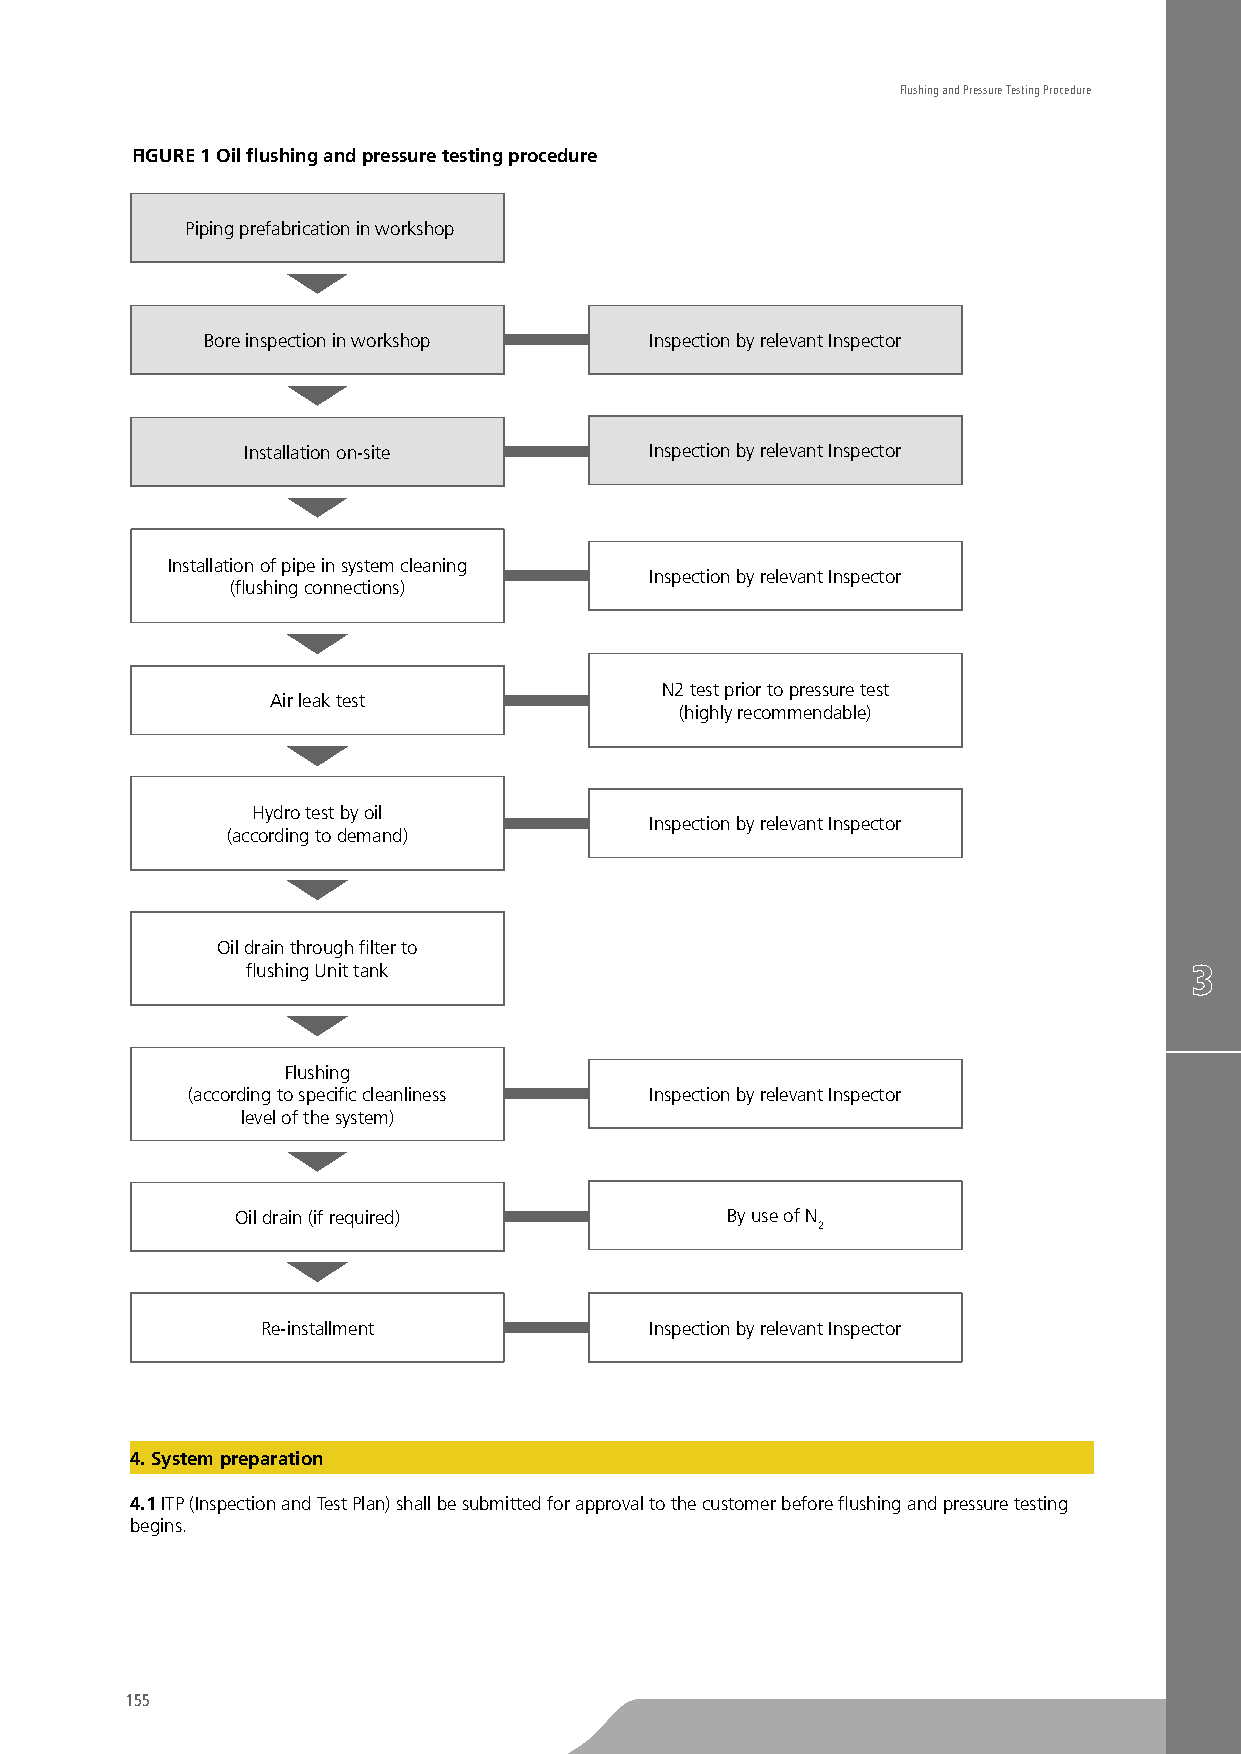
Flushing and Pressure Testing Procedure
 FIGURE 1 Oil flushing and pressure testing procedure
 Piping prefabrication in workshop
 Bore inspection in workshop   Inspection by relevant Inspector
 Installation on-site       Inspection by relevant Inspector
 Installation of pipe in system cleaning
 Inspection by relevant Inspector
 (flushing connections)
 N2 test prior to pressure test
 Air leak test
 (highly recommendable)
 Hydro test by oil
 Inspection by relevant Inspector
 (according to demand)
 Oil drain through filter to
 flushing Unit tank
 Flushing
 (according to specific cleanliness Inspection by relevant Inspector
 level of the system)
 Oil drain (if required)         By use of N
 2
 Re-installment            Inspection by relevant Inspector
 4. System preparation
 4.1 ITP (Inspection and Test Plan) shall be submitted for approval to the customer before flushing and pressure testing
 begins.
 155
 TO
 BE
 CUTTED
 OFF